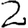
Digit: 2